Lunatic asylums Madras 1877-1891 - 1877-1891
Year: 1877
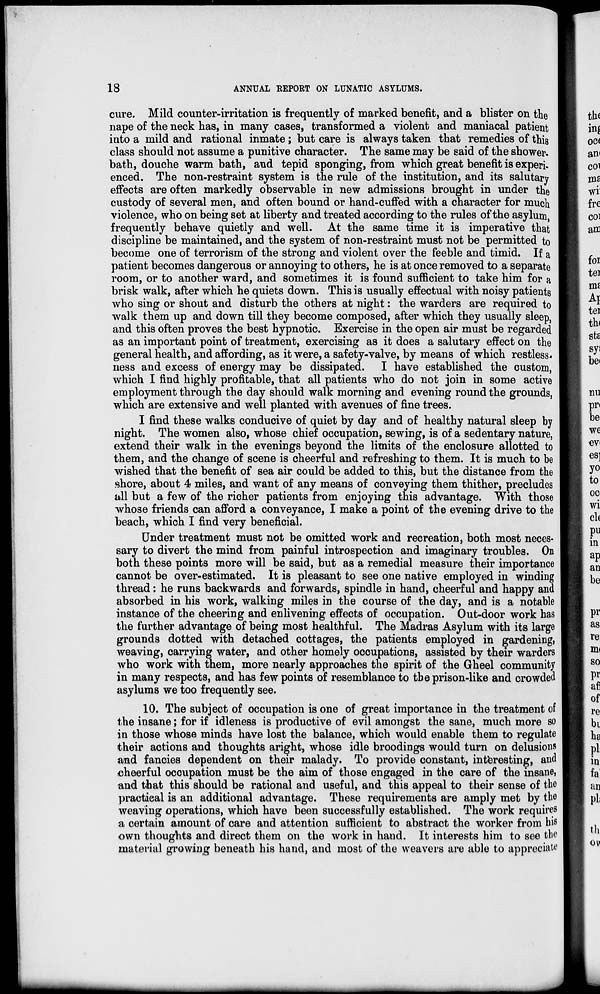
18
ANNUAL REPORT ON LUNATIC ASYLUMS.
cure. Mild counter-irritation is frequently of marked benefit, and a blister on the
nape of the neck has, in many cases, transformed a violent and maniacal patient
into a mild and rational inmate; but care is always taken that remedies of this
class should not assume a punitive character. The same may be said of the shower.
bath, douche warm bath, and tepid sponging, from which great benefit is experi
enced. The non-restraint system is the rule of the institution, and its salutary
effects are often markedly observable in new admissions brought in under the
custody of several men, and often bound or hand-cuffed with a character for much
violence, who on being set at liberty and treated according to the rules of the asylum,
frequently behave quietly and well. At the same time it is imperative that
discipline be maintained, and the system of non-restraint must not be permitted to
become one of terrorism of the strong and violent over the feeble and timid. If a
patient becomes dangerous or annoying to others, he is at once removed to a separate
room, or to another ward, and sometimes it is found sufficient to take him for a
brisk walk, after which he quiets down. This is usually effectual with noisy patients
who sing or shout and disturb the others at night : the warders are required to
walk them up and down till they become composed, after which they usually sleep,
and this often proves the best hypnotic. Exercise in the open air must be regarded
as an important point of treatment, exercising as it does a salutary effect on the
general health, and affording, as it were, a safety-valve, by means of which restless-
ness and excess of energy may be dissipated. I have established the custom,
which I find highly profitable, that all patients who do not join in some active
employment through the day should walk morning and evening round the grounds,
which are extensive and well planted with avenues of fine trees.
I find these walks conducive of quiet by day and of healthy natural sleep by
night. The women also, whose chief occupation, sewing, is of a sedentary nature,
extend their walk in the evenings beyond the limits of the enclosure allotted to
them, and the change of scene is cheerful and refreshing to them. It is much to be
wished that the benefit of sea air could be added to this, but the distance from the
shore, about 4 miles, and want of any means of conveying them thither, precludes
all but a few of the richer patients from enjoying this advantage. With those
whose friends can afford a conveyance, I make a point of the evening drive to the
beach, which I find very beneficial.
Under treatment must not be omitted work and recreation, both most neces-
sary to divert the mind from painful introspection and imaginary troubles. On
both these points more will be said, but as a remedial measure their importance
cannot be over-estimated. It is pleasant to see one native employed in winding
thread : he runs backwards and forwards, spindle in hand, cheerful and happy and
absorbed in his work, walking miles in the course of the day, and is a notable
instance of the cheering and enlivening effects of occupation. Out-door work has
the further advantage of being most healthful. The Madras Asylum with its large
grounds dotted with detached cottages, the patients employed in gardening,
weaving, carrying water, and other homely occupations, assisted by their warders
who work with them, more nearly approaches the spirit of the Gheel community
in many respects, and has few points of resemblance to the prison-like and crowded
asylums we too frequently see.
10. The subject of occupation is one of great importance in the treatment of
the insane; for if idleness is productive of evil amongst the sane, much more so
in those whose minds have lost the balance, which would enable them to regulate
their actions and thoughts aright, whose idle broodings would turn on delusions
and fancies dependent on their malady. To provide constant, interesting, and
cheerful occupation must be the aim of those engaged in the care of the insane,
and that this should be rational and useful, and this appeal to their sense of the
practical is an additional advantage. These requirements are amply met by the
weaving operations, which have been successfully established. The work requires
a certain amount of care and attention sufficient to abstract the worker from his
own thoughts and direct them on the work in hand. It interests him to see the
material growing beneath his hand, and most of the weavers are able to appreciate